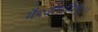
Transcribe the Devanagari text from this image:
भैरवतामियुः।।